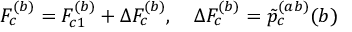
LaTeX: F _ { c } ^ { ( b ) } = F _ { c 1 } ^ { ( b ) } + \Delta F _ { c } ^ { ( b ) } , \quad \Delta F _ { c } ^ { ( b ) } = \tilde { p } _ { c } ^ { ( a b ) } ( b )